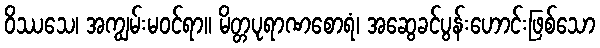
ဝိဿသေ၊ အကျွမ်းမဝင်ရာ။ မိတ္တပုရာဏစောရံ၊ အဆွေခင်ပွန်းဟောင်းဖြစ်သော